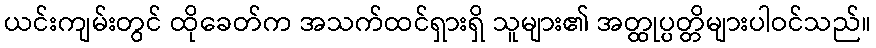
ယင်းကျမ်းတွင် ထိုခေတ်က အသက်ထင်ရှားရှိ သူများ၏ အတ္ထုပ္ပတ္တိများပါဝင်သည်။